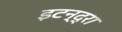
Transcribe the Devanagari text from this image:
इटन्द्रा